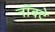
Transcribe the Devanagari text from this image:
नॉक्टे